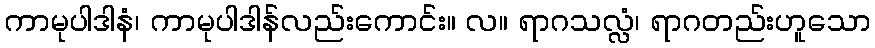
ကာမုပါဒါနံ၊ ကာမုပါဒါန်လည်းကောင်း။ လ။ ရာဂသလ္လံ၊ ရာဂတည်းဟူသော